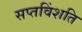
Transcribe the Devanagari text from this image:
सप्तविंशति